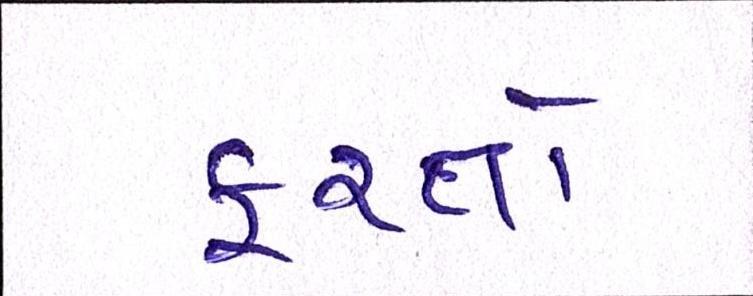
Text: ફરતો